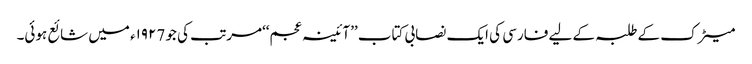
میٹرک کے طلبہ کے لیے فارسی کی ایک نصابی کتاب ’’آئینہ عجم‘‘مرتب کی جو ١٩٢7ء میں شائع ہوئی۔